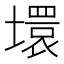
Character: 𡑡